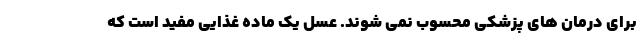
برای درمان های پزشکی محسوب نمی شوند. عسل یک ماده غذایی مفید است که